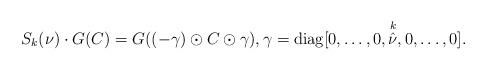
LaTeX: \begin{align*}S_k(\nu)\cdot G(C)=G((-\gamma)\odot C\odot\gamma),\gamma=\mathrm{diag}[0,\dots,0,\overset{k}{\hat{\nu}},0,\dots,0]. \end{align*}